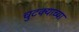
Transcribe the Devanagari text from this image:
चुटक्याच्या